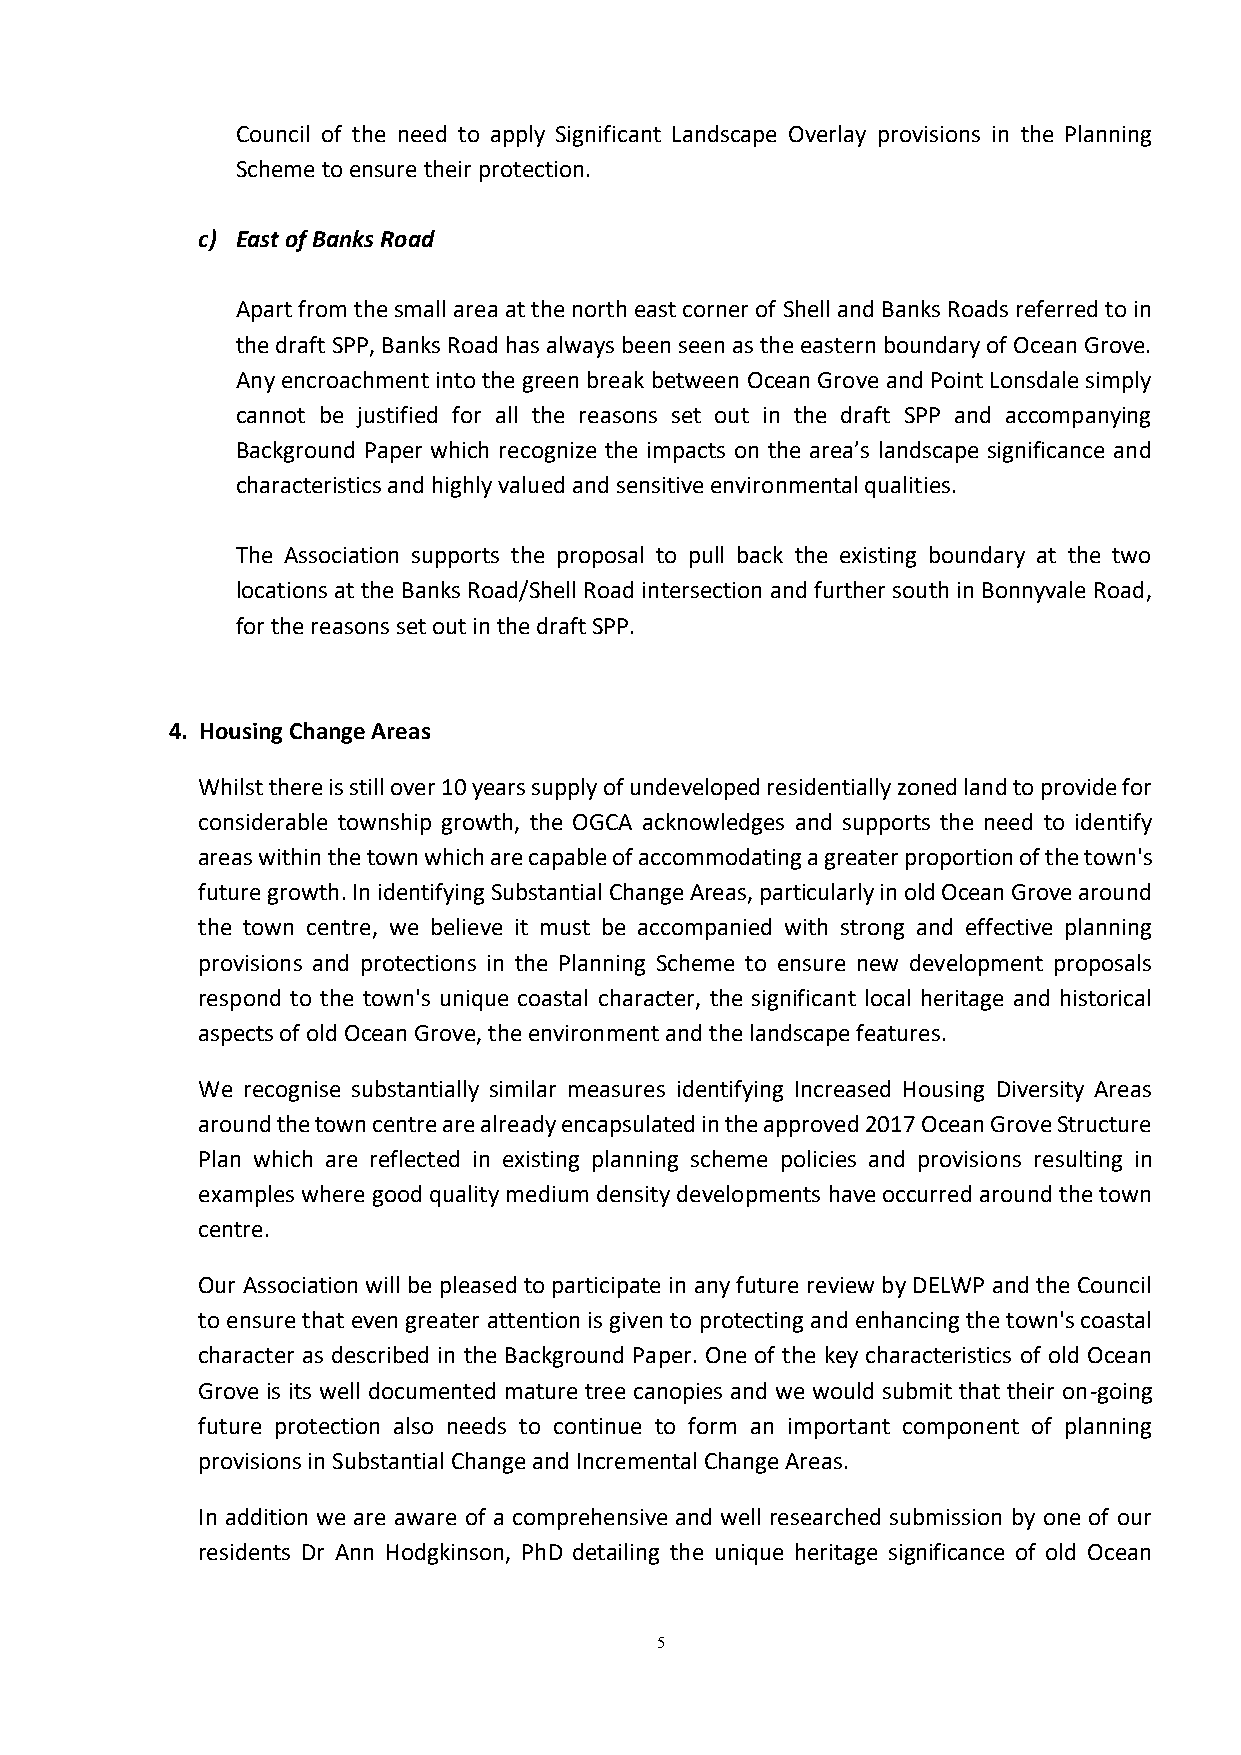
Council of the need to apply Significant Landscape Overlay provisions in the Planning
 Scheme to ensure their protection.
 c) East of Banks Road
 Apart from the small area at the north east corner of Shell and Banks Roads referred to in
 the draft SPP, Banks Road has always been seen as the eastern boundary of Ocean Grove.
 Any encroachment into the green break between Ocean Grove and Point Lonsdale simply
 cannot be justified for all the reasons set out in the draft SPP and accompanying
 Background Paper which recognize the impacts on the area’s landscape significance and
 characteristics and highly valued and sensitive environmental qualities.
 The Association supports the proposal to pull back the existing boundary at the two
 locations at the Banks Road/Shell Road intersection and further south in Bonnyvale Road,
 for the reasons set out in the draft SPP.
 4. Housing Change Areas
 Whilst there is still over 10 years supply of undeveloped residentially zoned land to provide for
 considerable township growth, the OGCA acknowledges and supports the need to identify
 areas within the town which are capable of accommodating a greater proportion of the town's
 future growth. In identifying Substantial Change Areas, particularly in old Ocean Grove around
 the town centre, we believe it must be accompanied with strong and effective planning
 provisions and protections in the Planning Scheme to ensure new development proposals
 respond to the town's unique coastal character, the significant local heritage and historical
 aspects of old Ocean Grove, the environment and the landscape features.
 We recognise substantially similar measures identifying Increased Housing Diversity Areas
 around the town centre are already encapsulated in the approved 2017 Ocean Grove Structure
 Plan which are reflected in existing planning scheme policies and provisions resulting in
 examples where good quality medium density developments have occurred around the town
 centre.
 Our Association will be pleased to participate in any future review by DELWP and the Council
 to ensure that even greater attention is given to protecting and enhancing the town's coastal
 character as described in the Background Paper. One of the key characteristics of old Ocean
 Grove is its well documented mature tree canopies and we would submit that their on-going
 future protection also needs to continue to form an important component of planning
 provisions in Substantial Change and Incremental Change Areas.
 In addition we are aware of a comprehensive and well researched submission by one of our
 residents Dr Ann Hodgkinson, PhD detailing the unique heritage significance of old Ocean
 5